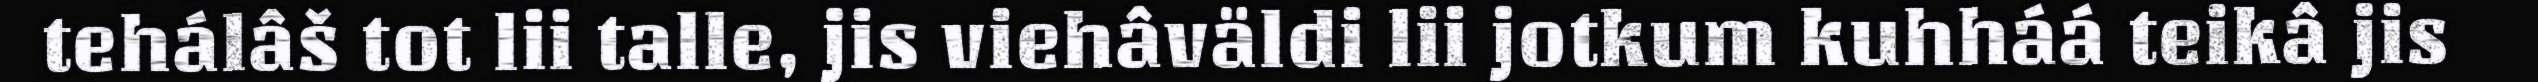
tehálâš tot lii talle, jis viehâväldi lii jotkum kuhháá teikâ jis